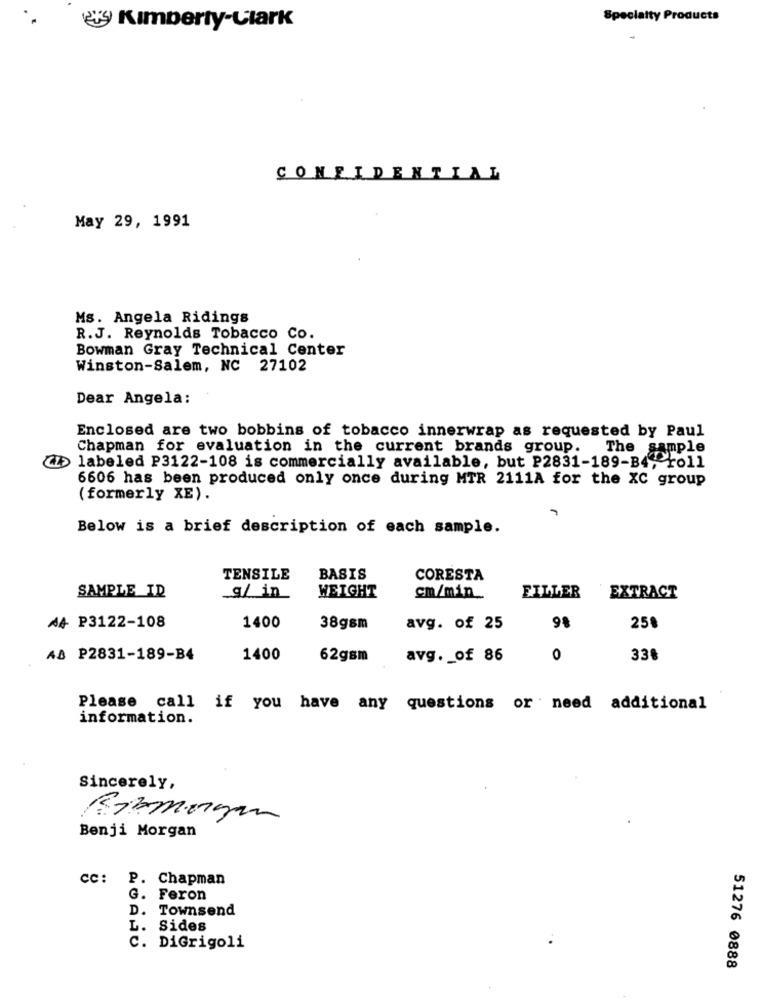
Specialty Products
es Kimberly-Clark
CONFIDENTIAL
May 29, 1991
Ms. Angela Ridings
R.J. Reynolds Tobacco Co.
Bowman Gray Technical Center
Winston-Salem, NC 27102
Dear Angela:
Enclosed are two bobbins of tobacco innerwrap as requested by Paul
Chapman for evaluation in the current brands group.
The sample
labeled P3122-108 is commercially available, but P2831-189-B4, roll
6606 has been produced only once during MTR 2111A for the XC group
( formerly XE).
Below is a brief description of each sample.
TENSILE
BASIS
CORESTA
SAMPLE_ID
q/ in
WEIGHT
cm/min_
FILLER
EXTRACT
AA P3122-108
1400
38gsm
avg. of 25
98
25%
AB P2831-189-B4
1400
62gsm
avg. _ of 86
0
338
Please call if you have any questions or need additional
information.
Sincerely,
Kimmorgan
Benji Morgan
cc: P. Chapman
G.
Feron
D.
Townsend
L.
Sides
C. DiGrigoli
51276 0888